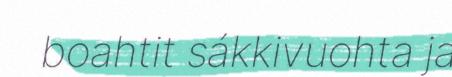
boahtit sákkivuohta ja